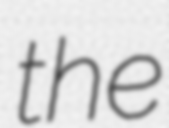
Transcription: the